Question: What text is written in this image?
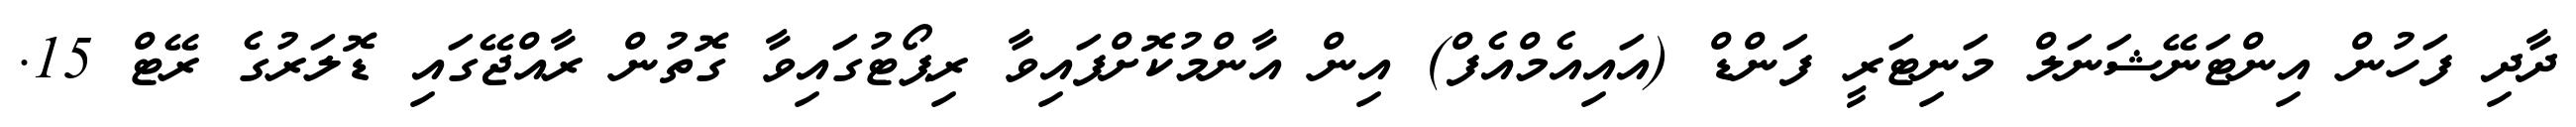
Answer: ދާދި ފަހުން އިންޓަނޭޝަނަލް މަނިޓަރީ ފަންޑް (އައިއެމްއެފް) އިން އާންމުކޮށްފައިވާ ރިޕޯޓުގައިވާ ގޮތުން ރާއްޖޭގައި ޑޮލަރުގެ ރޭޓް 15.